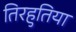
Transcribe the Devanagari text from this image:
तिरहुतिया